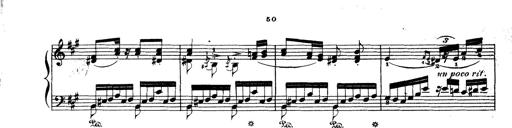
Title: Wagner-Liszt Album
Composer: Franz Liszt